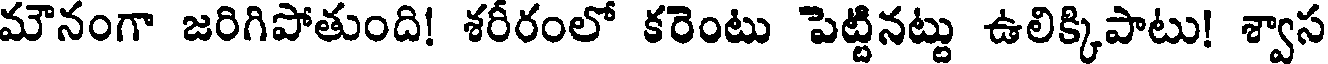
మౌనంగా జరిగిపోతుంది! శరీరంలో కరెంటు పెట్టినట్టు ఉలిక్కిపాటు! శ్వాస